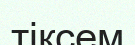
тіксем